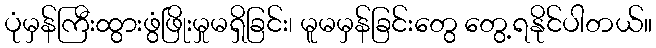
ပုံမှန်ကြီးထွားဖွံဖြိုးမှုမရှိခြင်း၊ မူမမှန်ခြင်းတွေ တွေ့ရနိုင်ပါတယ်။